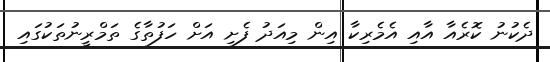
ދެކުނު ކޮރެއާ އާއި އެމެރިކާ އިން މިއަދު ފެށި އަށް ހަފުތާގެ ތަމްރީނުތަކުގައި